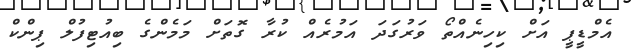
އެމްޑީޕީ އަށް ކިހިނެއްތޯ ވަރުގަދަ އަމުރެއް ކުރާ ގޮތަށް މަމެންގެ ބިއުޓިފުލް ޕިންކް